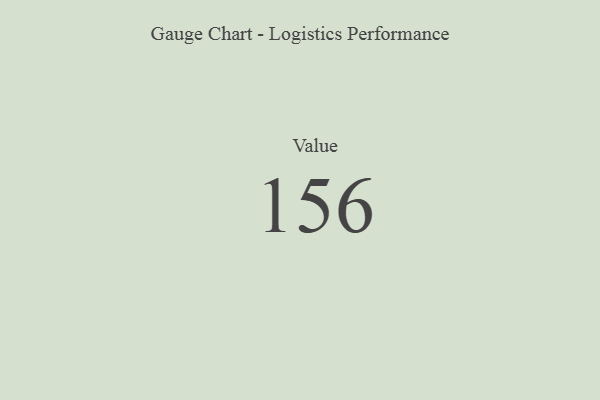
{"axis": {"x": "Metric", "y": "Value"}, "legend": [""], "data": [{"x": "Value", "y": 156, "type": ""}]}